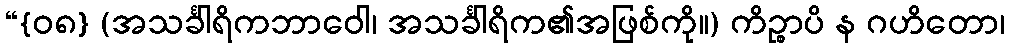
“{၀၈} (အသင်္ခါရိကဘာဝေါ၊ အသင်္ခါရိက၏အဖြစ်ကို။) ကိဉ္စာပိ န ဂဟိတော၊